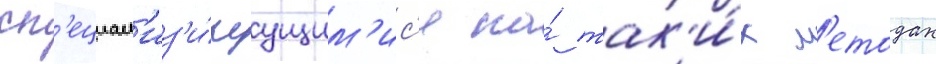
сп'ециал'из'и́руущим'ис'я на́ так'и́х м'етодах